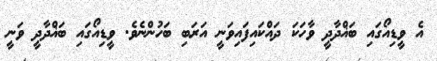
އެ ވީޑިއޯގައި ބަޣްދާދީ ވާހަކަ ދައްކައިފައިވަނީ އަރަބި ބަހުންނެވެ. ވީޑިއޯގައި ބަޣްދާދީ ވަނީ